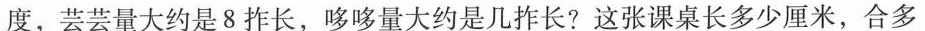
度，芸芸量大约是8柞长，哆哆量大约是几柞长?这张课桌长多少厘米，合多